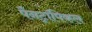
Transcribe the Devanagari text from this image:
पैनट्रॉपिकल